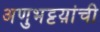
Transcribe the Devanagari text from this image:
अणुभट्टय़ांची